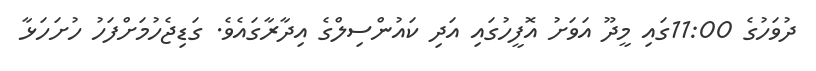
ދުވަހުގެ 11:00ގައި މީދޫ އަވަށު އޮފީހުގައި އަދި ކައުންސިލްގެ އިދާރާގައެވެ. ގަޑިޖެހުމަށްފަހު ހުށަހަޅާ